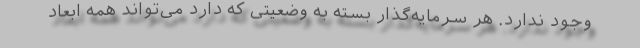
وجود ندارد. هر سرمایه‌گذار بسته به وضعیتی که دارد می‌تواند همه ابعاد